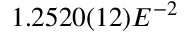
1 . 2 5 2 0 ( 1 2 ) E ^ { - 2 }